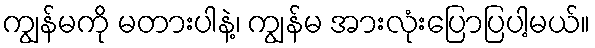
ကျွန်မကို မတားပါနဲ့၊ ကျွန်မ အားလုံးပြောပြပါ့မယ်။